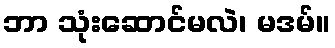
ဘာ သုံးဆောင်မလဲ၊ မဒမ်။